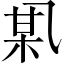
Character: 𫡪